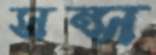
সন্স